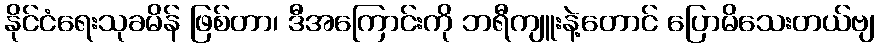
နိုင်ငံရေးသုခမိန် ဖြစ်တာ၊ ဒီအကြောင်းကို ဘရီကျူးနဲ့တောင် ပြောမိသေးတယ်ဗျ